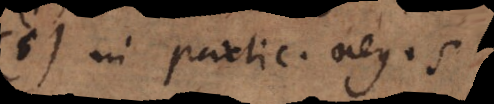
(5) In partic. neg. s